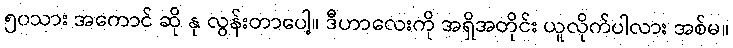
၅၀သား အကောင် ဆို နု လွန်းတာပေါ့။ ဒီဟာလေးကို အရှိအတိုင်း ယူလိုက်ပါလား အစ်မ။